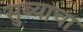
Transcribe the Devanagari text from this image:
सुब्याचा